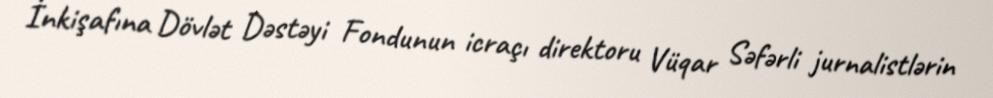
İnkişafına Dövlət Dəstəyi Fondunun icraçı direktoru Vüqar Səfərli jurnalistlərin